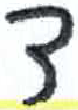
אות: ד